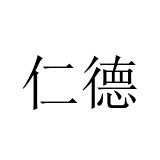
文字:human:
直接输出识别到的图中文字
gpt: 仁德